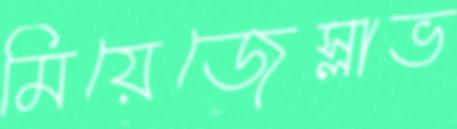
মিয়েজেস্লাভ